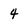
Character: 4